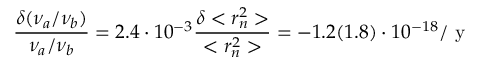
\frac { \delta ( \nu _ { a } / \nu _ { b } ) } { \nu _ { a } / \nu _ { b } } = 2 . 4 \cdot 1 0 ^ { - 3 } \frac { \delta < r _ { n } ^ { 2 } > } { < r _ { n } ^ { 2 } > } = - 1 . 2 ( 1 . 8 ) \cdot 1 0 ^ { - 1 8 } / \mathrm { ~ y ~ }